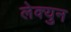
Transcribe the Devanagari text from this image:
लेक्युन